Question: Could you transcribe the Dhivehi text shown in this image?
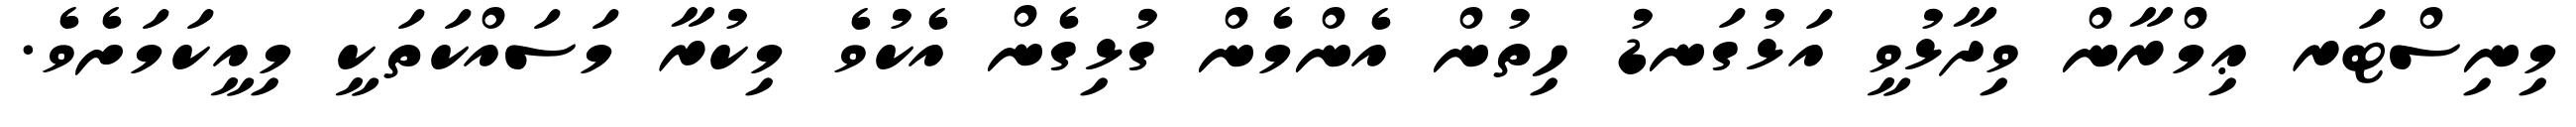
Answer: މިނިސްޓަރ ޢިމްރާން ވިދާޅުވީ އަޅުގަނޑު ހިތުން އެންމެން ގުޅިގެން އެކުވެ މިކުރާ މަސައްކަތަކީ މިއީކަމަށެވެ.